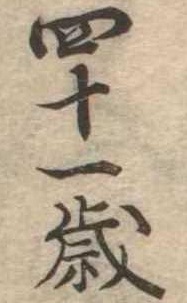
四十一歳